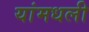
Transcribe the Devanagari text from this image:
यांमधली